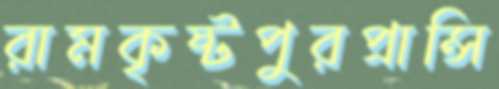
রামকৃষ্টপুরপ্রান্সি